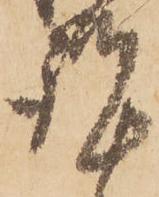
謹